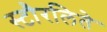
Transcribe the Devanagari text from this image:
स्टौरलिते